65_HS1-834228961_62-HQ-83894_Section_9
Agency: FBI
Page 117
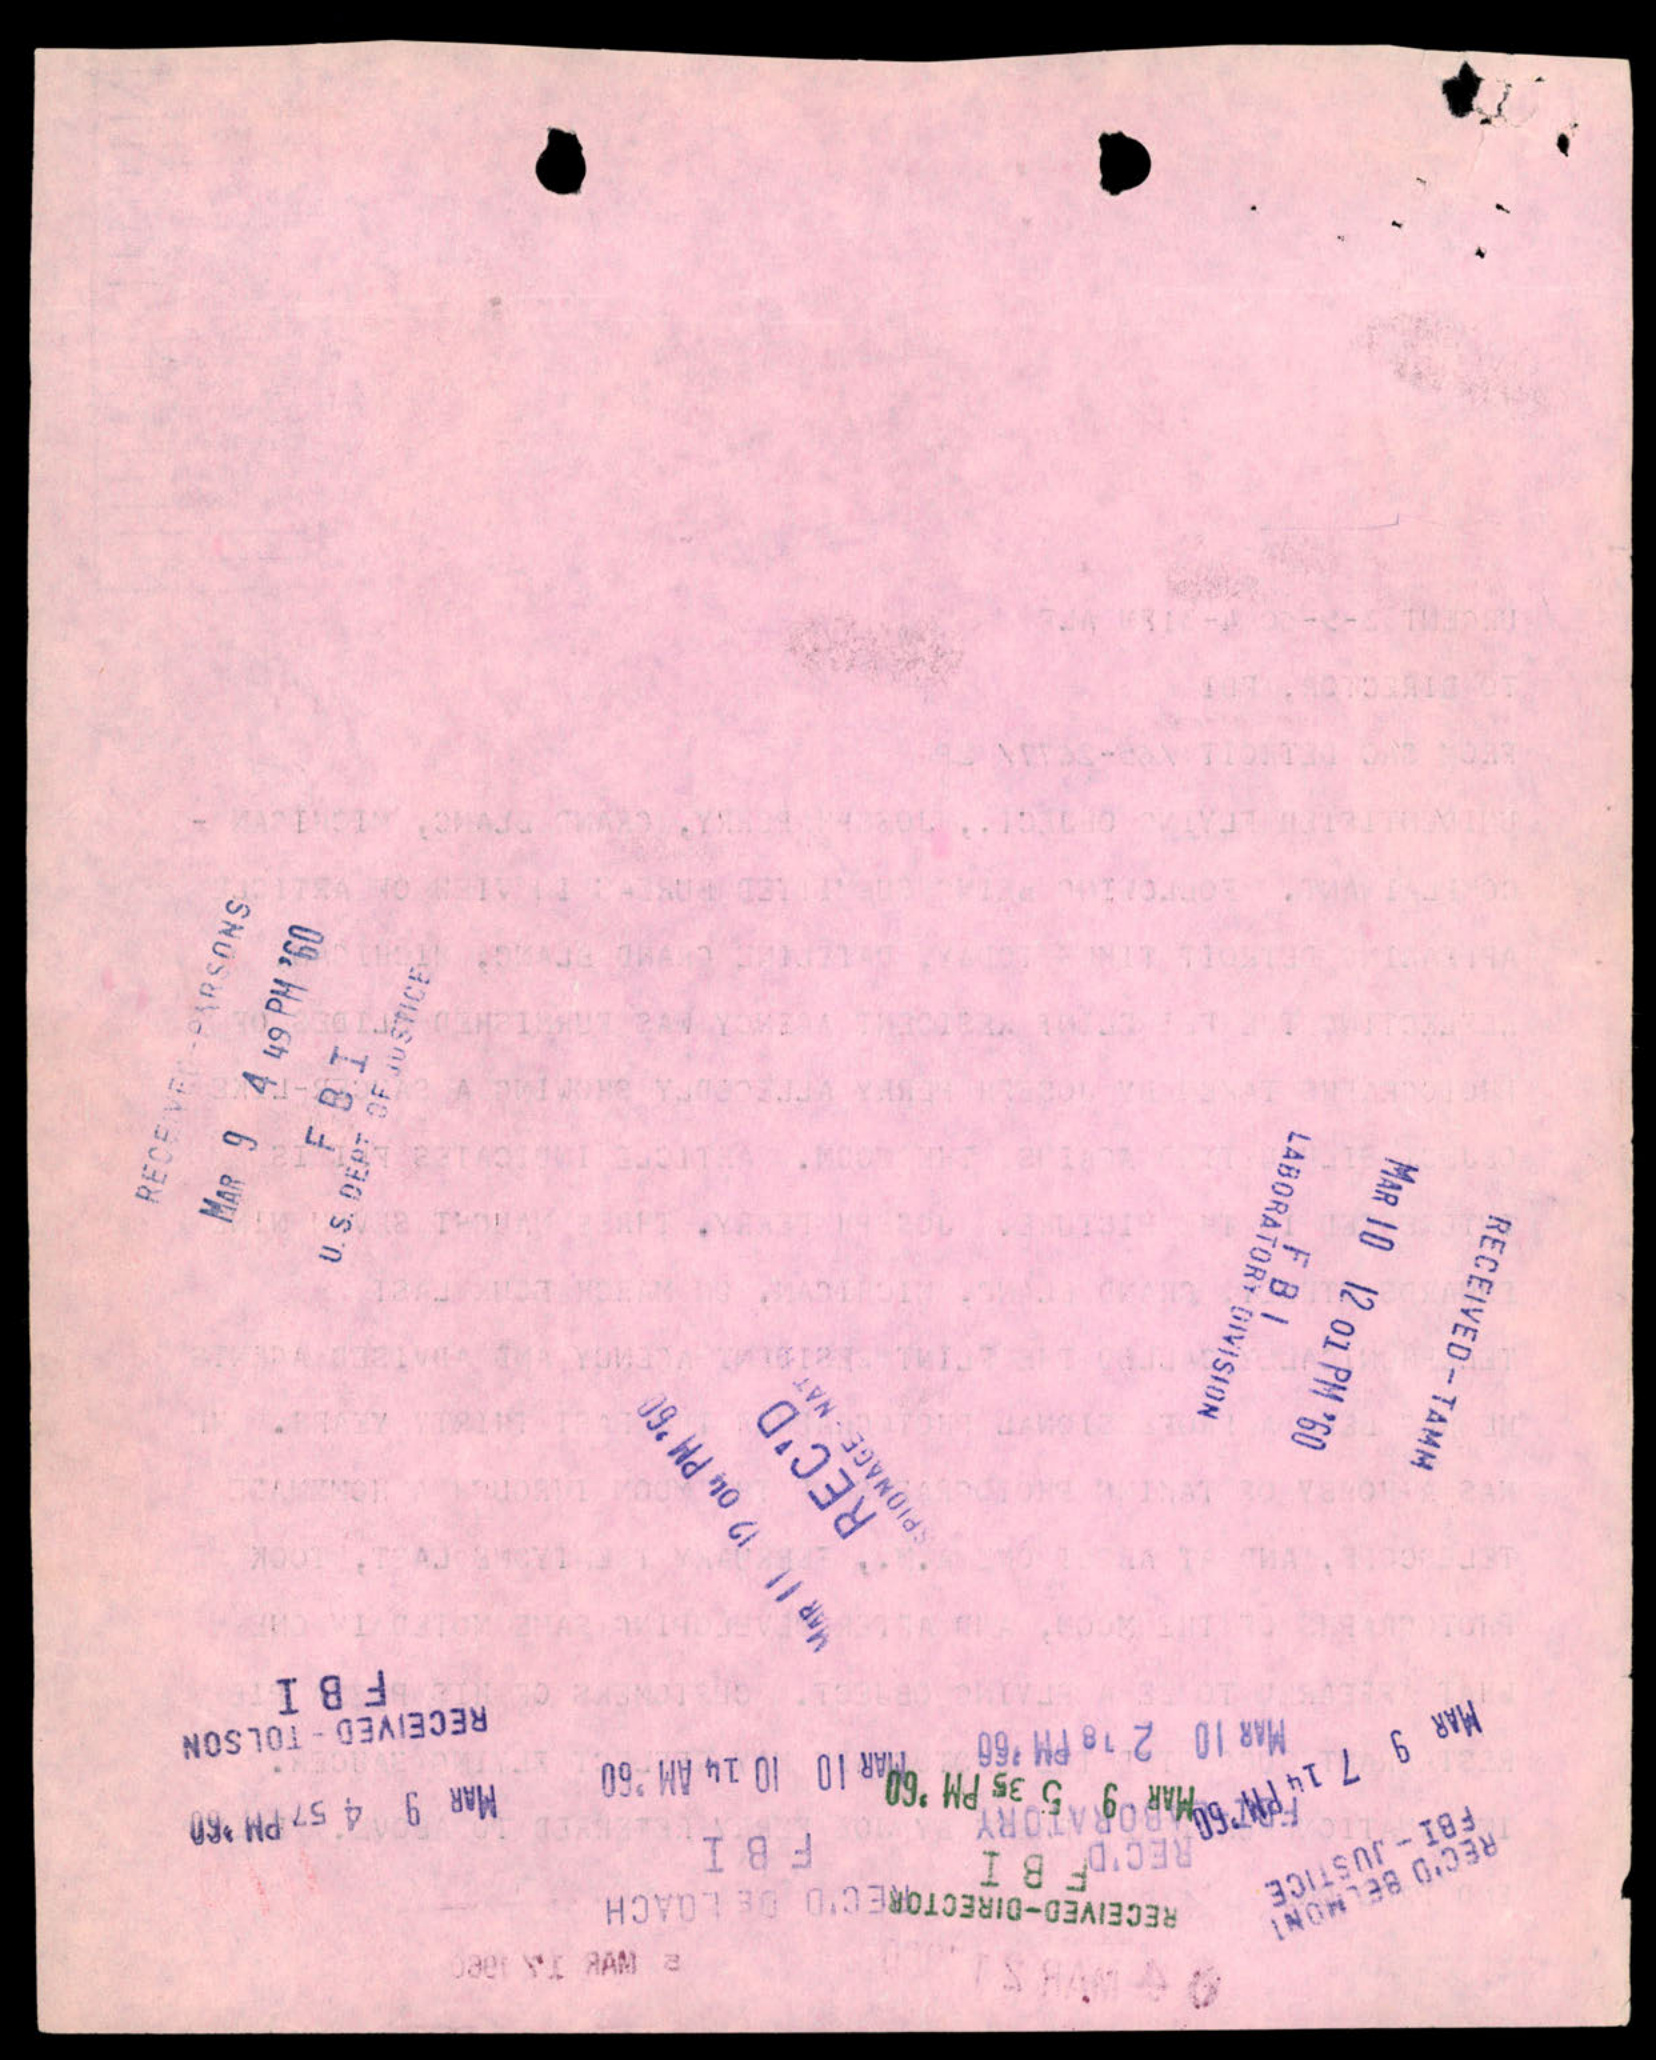